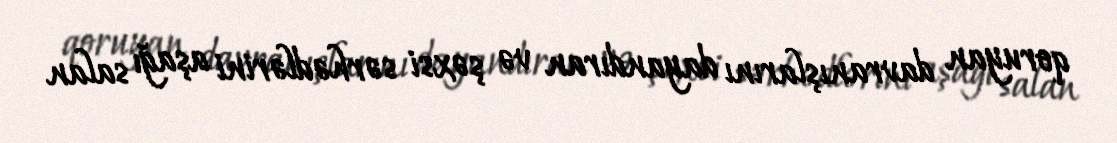
qoruyan davranışlarını dayandıran və şəxsi sərhədlərini aşağı salan